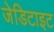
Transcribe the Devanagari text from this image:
जेडिटाइट